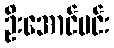
ဦးအောင်မင်း